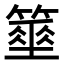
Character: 𥴓